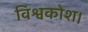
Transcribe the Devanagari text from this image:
विश्वकोश।